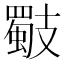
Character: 𢻧